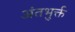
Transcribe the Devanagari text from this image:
अंतभुर्क्त